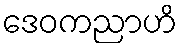
ဒေဝကညာဟိ